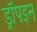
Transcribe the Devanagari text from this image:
ड्रॉपइन